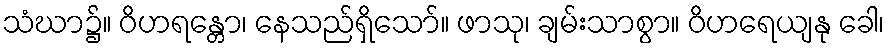
သံဃာ၌။ ဝိဟရန္တော၊ နေသည်ရှိသော်။ ဖာသု၊ ချမ်းသာစွာ။ ဝိဟရေယျနု ခေါ၊